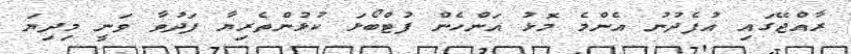
ރާއްޖޭގައި އުފެދުނު އެންމެ މޮޅު އަންހެން ފުޓްބޯޅަ ކުޅުންތެރިޔާ ފަދުވާ ވަނީ މިދިޔަ